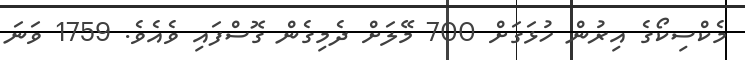
މެކްސިކޯގެ އިރުން ހުޅަގަށް 700 މޭލަށް ދެމިގެން ގޮސްފައި ވެއެވެ. 1759 ވަނަ